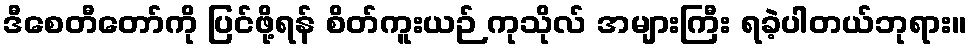
ဒီစေတီတော်ကို ပြင်ဖို့ရန် စိတ်ကူးယဉ် ကုသိုလ် အများကြီး ရခဲ့ပါတယ်ဘုရား။